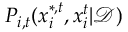
P _ { i , t } ( x _ { i } ^ { * , t } , x _ { i } ^ { t } | \mathcal { D } )